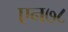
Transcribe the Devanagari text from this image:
एन७८